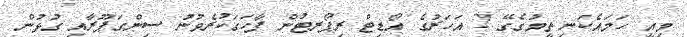
މިއީ ހަމައެކަނި ތީމުގެގޭ 2 އަހަރުގެ އޯޑިޓް ރިޕޯރޓުން ފާހަގަކުރެވުނު ސިންގަޕޫރާއި ގުޅުން